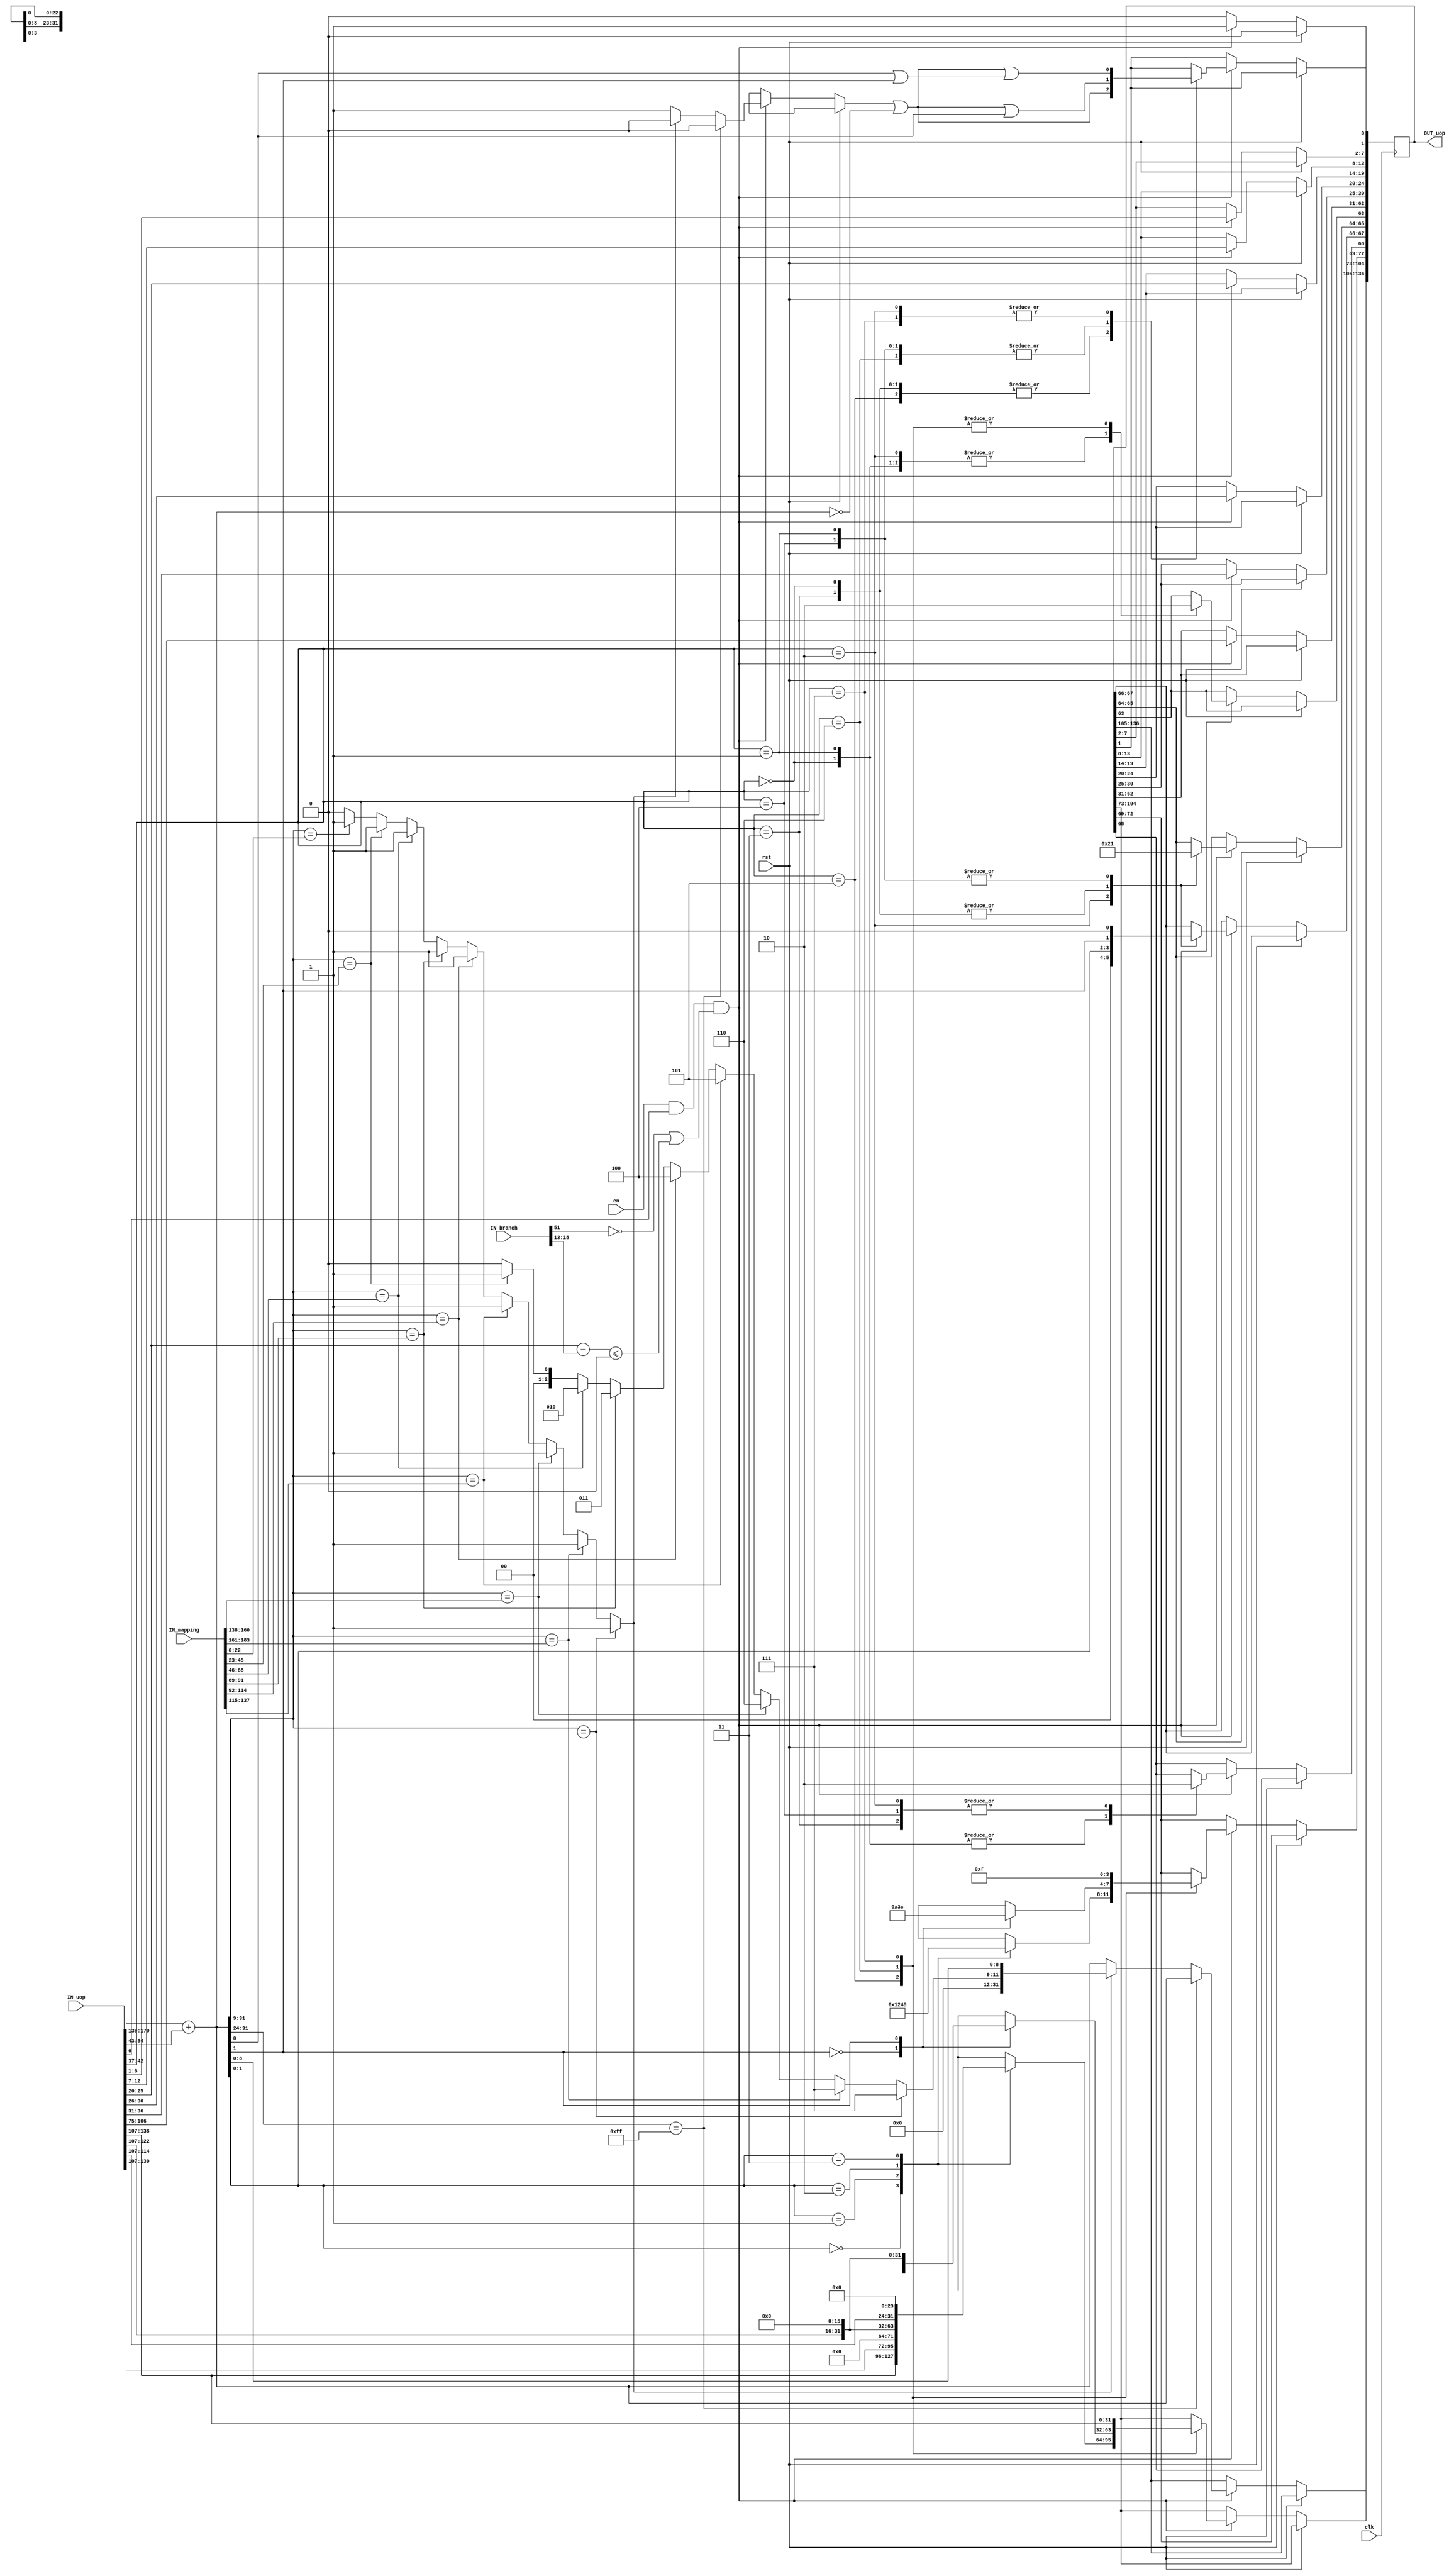
module AGU (
	clk,
	rst,
	en,
	IN_branch,
	IN_mapping,
	IN_uop,
	OUT_uop
);
	input wire clk;
	input wire rst;
	input wire en;
	input wire [51:0] IN_branch;
	input wire [183:0] IN_mapping;
	input wire [170:0] IN_uop;
	output reg [136:0] OUT_uop;
	integer i;
	wire [31:0] addr = IN_uop[170-:32] + {20'b00000000000000000000, IN_uop[54:43]};
	reg [2:0] mapping;
	reg mappingValid;
	reg mappingExcept;
	always @(*) begin
		mappingValid = 0;
		mapping = 0;
		for (i = 0; i < 16; i = i + 1)
			if (addr[31:9] == IN_mapping[i * 23+:23]) begin
				mappingValid = 1;
				mapping = i[2:0];
			end
	end
	always @(posedge clk)
		if (rst)
			OUT_uop[0] <= 0;
		else if ((en && IN_uop[0]) && (!IN_branch[51] || ($signed(IN_uop[25-:6] - IN_branch[18-:6]) <= 0))) begin
			mappingExcept = 0;
			if (addr[31:24] == 8'hff)
				OUT_uop[136-:32] <= addr;
			else if (!mappingValid) begin
				mappingExcept = 1;
				OUT_uop[136-:32] <= addr;
			end
			else
				OUT_uop[136-:32] <= {20'b00000000000000000000, mapping, addr[8:0]};
			OUT_uop[62-:32] <= IN_uop[106-:32];
			OUT_uop[30-:6] <= IN_uop[36-:6];
			OUT_uop[24-:5] <= IN_uop[30-:5];
			OUT_uop[19-:6] <= IN_uop[25-:6];
			OUT_uop[13-:6] <= IN_uop[12-:6];
			OUT_uop[7-:6] <= IN_uop[6-:6];
			OUT_uop[0] <= 1;
			case (IN_uop[42-:6])
				6'd0, 6'd3, 6'd5: OUT_uop[1] <= mappingExcept || (addr == 0);
				6'd1, 6'd4, 6'd6: OUT_uop[1] <= (mappingExcept || (addr == 0)) || addr[0];
				6'd2, 6'd7: OUT_uop[1] <= (mappingExcept || (addr == 0)) || (addr[0] || addr[1]);
				default:
					;
			endcase
			case (IN_uop[42-:6])
				6'd0: begin
					OUT_uop[63] <= 1;
					OUT_uop[67-:2] <= addr[1:0];
					OUT_uop[65-:2] <= 0;
					OUT_uop[68] <= 1;
				end
				6'd1: begin
					OUT_uop[63] <= 1;
					OUT_uop[67-:2] <= {addr[1], 1'b0};
					OUT_uop[65-:2] <= 1;
					OUT_uop[68] <= 1;
				end
				6'd2: begin
					OUT_uop[63] <= 1;
					OUT_uop[67-:2] <= 2'b00;
					OUT_uop[65-:2] <= 2;
					OUT_uop[68] <= 0;
				end
				6'd3: begin
					OUT_uop[63] <= 1;
					OUT_uop[67-:2] <= addr[1:0];
					OUT_uop[65-:2] <= 0;
					OUT_uop[68] <= 0;
				end
				6'd4: begin
					OUT_uop[63] <= 1;
					OUT_uop[67-:2] <= {addr[1], 1'b0};
					OUT_uop[65-:2] <= 1;
					OUT_uop[68] <= 0;
				end
				6'd5: begin
					OUT_uop[63] <= 0;
					case (addr[1:0])
						0: begin
							OUT_uop[72-:4] <= 4'b0001;
							OUT_uop[104-:32] <= IN_uop[138-:32];
						end
						1: begin
							OUT_uop[72-:4] <= 4'b0010;
							OUT_uop[104-:32] <= IN_uop[138-:32] << 8;
						end
						2: begin
							OUT_uop[72-:4] <= 4'b0100;
							OUT_uop[104-:32] <= IN_uop[138-:32] << 16;
						end
						3: begin
							OUT_uop[72-:4] <= 4'b1000;
							OUT_uop[104-:32] <= IN_uop[138-:32] << 24;
						end
					endcase
				end
				6'd6: begin
					OUT_uop[63] <= 0;
					case (addr[1])
						0: begin
							OUT_uop[72-:4] <= 4'b0011;
							OUT_uop[104-:32] <= IN_uop[138-:32];
						end
						1: begin
							OUT_uop[72-:4] <= 4'b1100;
							OUT_uop[104-:32] <= IN_uop[138-:32] << 16;
						end
					endcase
				end
				6'd7: begin
					OUT_uop[63] <= 0;
					OUT_uop[72-:4] <= 4'b1111;
					OUT_uop[104-:32] <= IN_uop[138-:32];
				end
				default:
					;
			endcase
		end
		else
			OUT_uop[0] <= 0;
endmodule